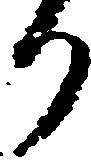
り